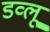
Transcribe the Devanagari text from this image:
डव्लू